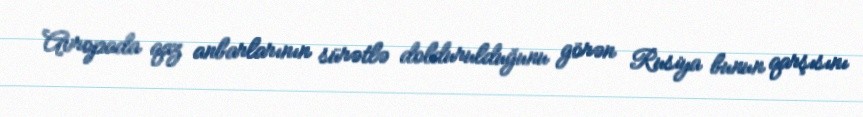
Avropada qaz anbarlarının sürətlə doldurulduğunu görən Rusiya bunun qarşısını